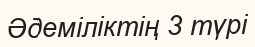
Әдеміліктің 3 түрі